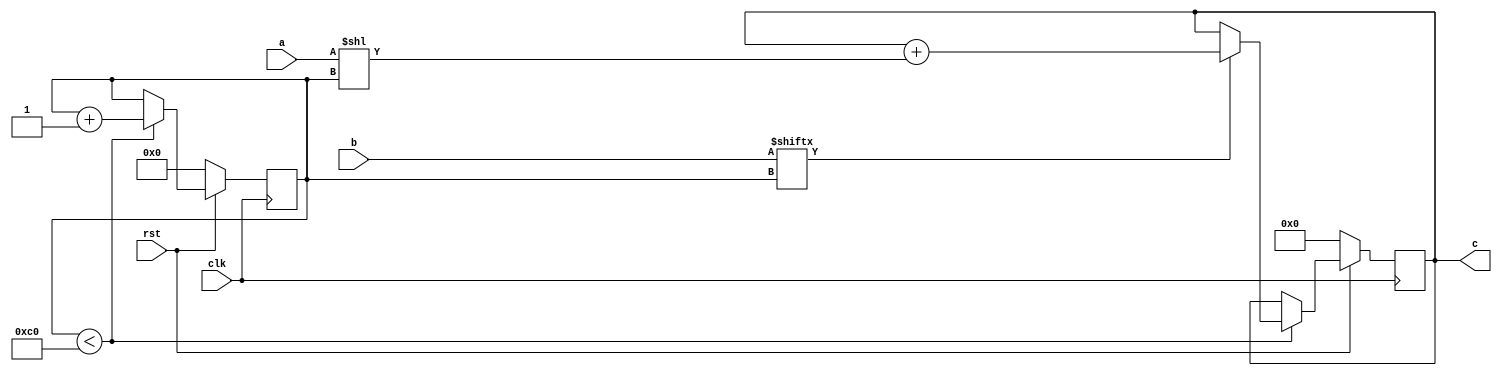
// TalTech large integer multiplier library
// Multiplier type: schoolbook
// Parameters: 192 192 1
// Target tool: genus
module schoolbook(clk, rst, a, b, c);
input clk;
input rst;
input [191:0] a;
input [191:0] b;
output reg [383:0] c;

// no pipeline vars
reg  [7:0] count;

always @(posedge clk) begin
	if (rst == 1'b0) begin
		c <= 384'd0;
		count <= 8'd0;
	end
	else begin
		if (count < 192) begin
			if (b[count] == 1) begin
				c <= c + (a << count);
			end
			count <= count + 1;
		end
	end
end
endmodule